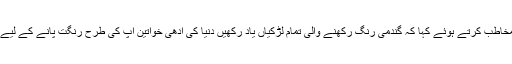
وسیم اکرم کی اہلیہ نے گندمی رنگت رکھنے والی لڑکیوں کو مخاطب کرتے ہوئے کہا کہ گندمی رنگ رکھنے والی تمام لڑکیاں یاد رکھیں دنیا کی آدھی خواتین آپ کی طرح رنگت پانے کے لیے کیا کیا نہیں کرتیں، آپ کو اس سے بھرپور لطف اٹھانا چاہیے۔